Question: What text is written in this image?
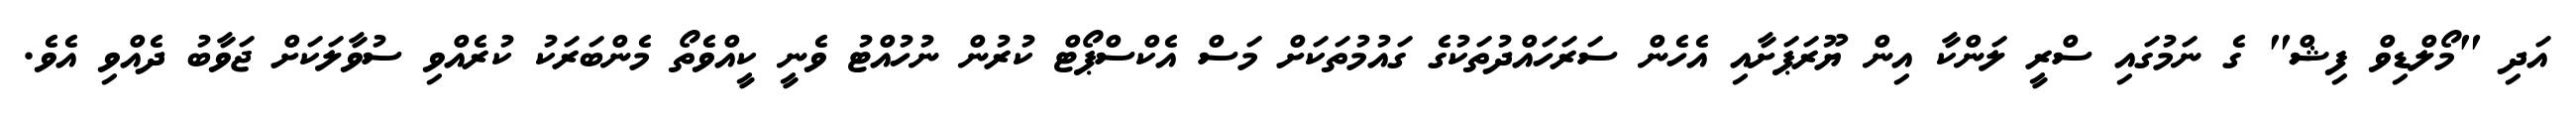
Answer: އަދި "މޯލްޑިވް ފިޝް" ގެ ނަމުގައި ސްރީ ލަންކާ އިން ޔޫރަޕަށާއި އެހެން ސަރަހައްދުތަކުގެ ގައުމުތަކަށް މަސް އެކްސްޕޯޓް ކުރުން ނުހުއްޓު ވެނީ ކީއްވެތޯ މެންބަރަކު ކުރެއްވި ސުވާލަކަށް ޖަވާބު ދެއްވި އެވެ.